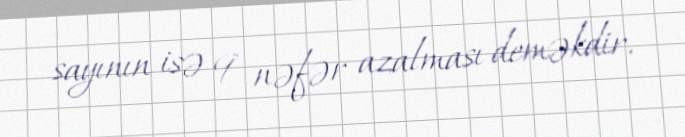
sayının isə 9 nəfər azalması deməkdir.